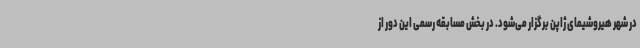
در شهر هیروشیمای ژاپن برگزار می‌شود. در بخش مسابقه رسمی این دور از